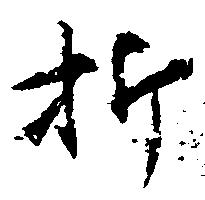
折